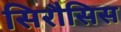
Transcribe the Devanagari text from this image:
सिरौसिस